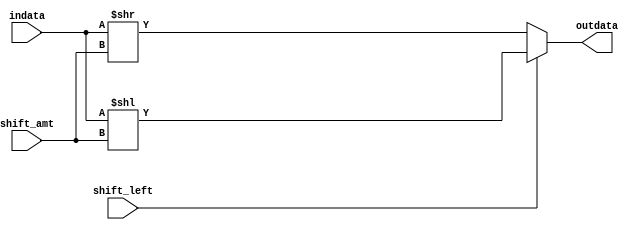
module Shifter_Jump(
  indata,
  shift_amt,
  shift_left,
  outdata
);
// Input data (26 bits)
input [25:0] indata;
// Shift amount (2 bits)
input [1:0] shift_amt;
// Variable to determine if we shift left
input shift_left;
// Output data (28 bits) indata shifted left
output wire [27:0] outdata;

// If shift_left true
  // Shift indata left by shift_amt
// Else
  // Shift indata right by shift_amt
assign outdata = shift_left ? indata<<shift_amt : indata>>shift_amt;

endmodule